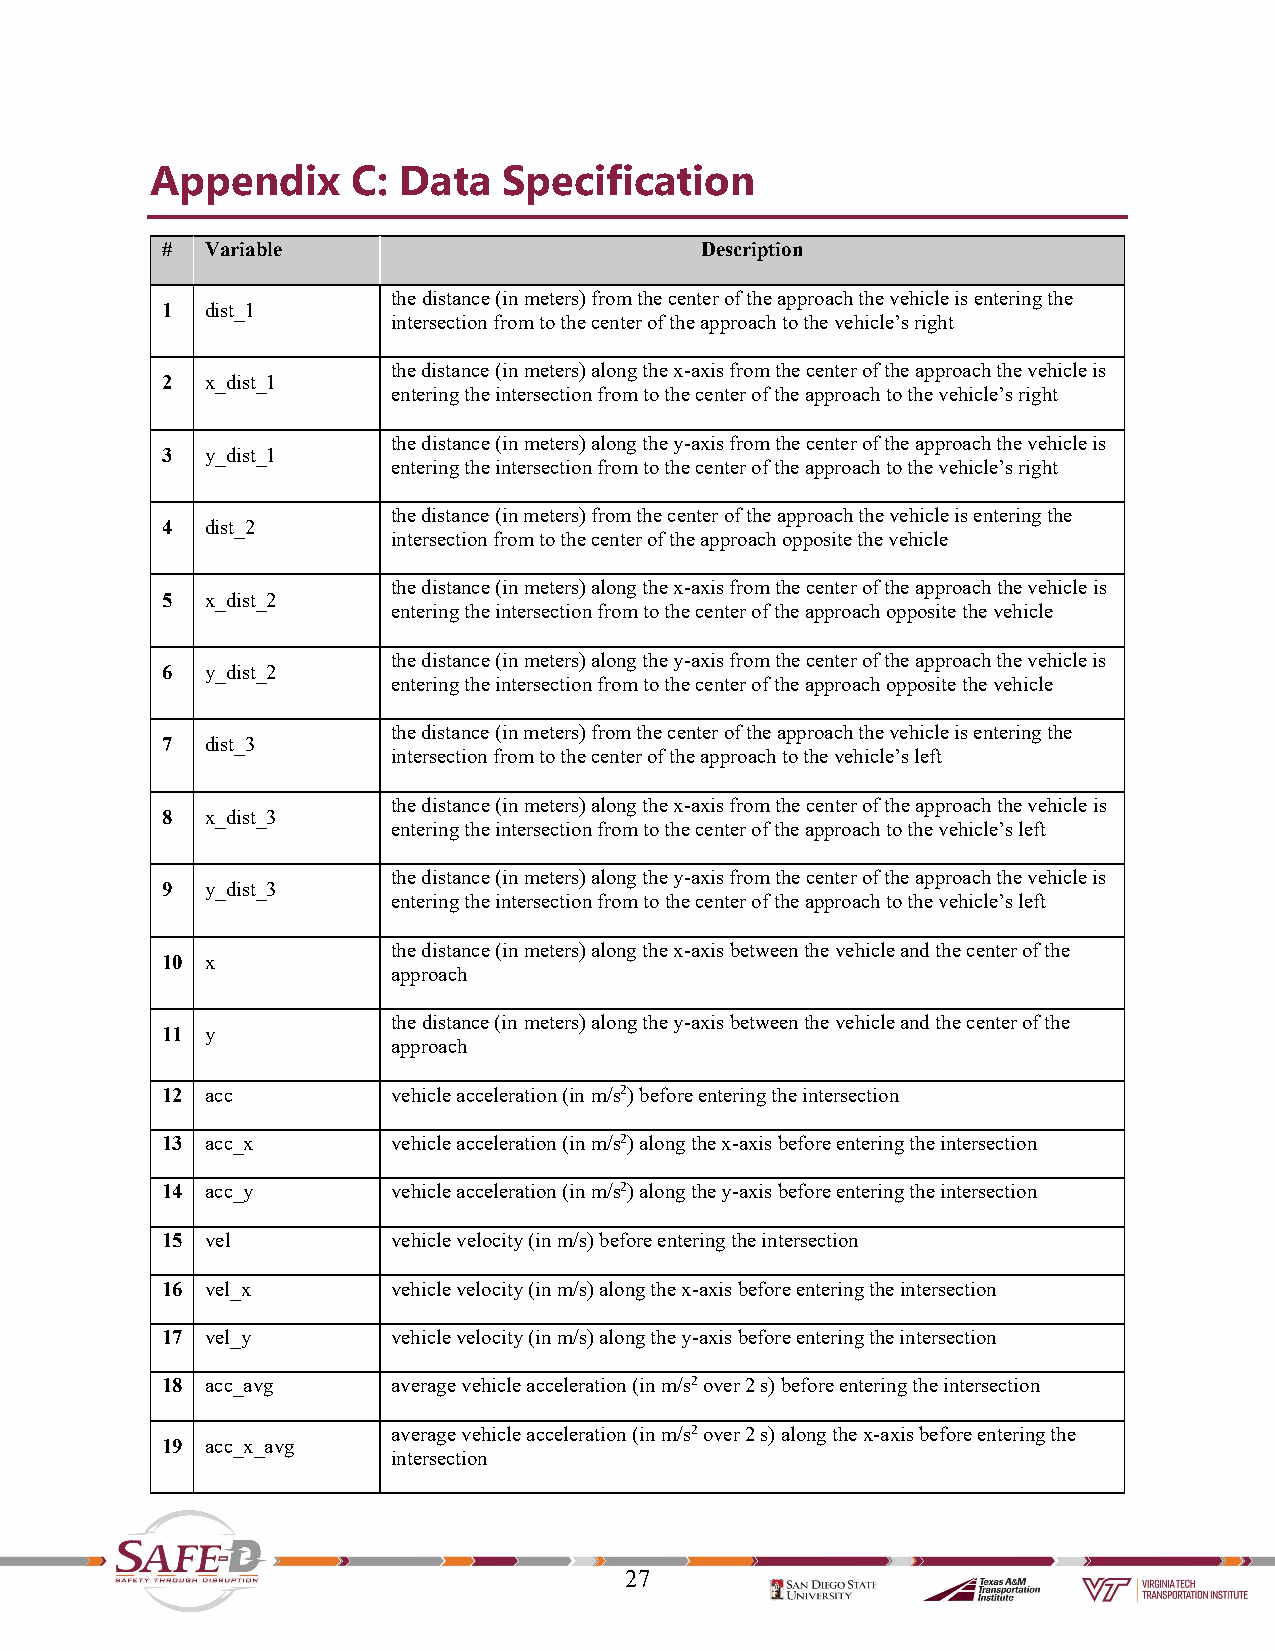
Appendix     C: Data   Specification
 #  Variable                        Description
 the distance (in meters) from the center of the approach the vehicle is entering the
 1  dist_1
 intersection from to the center of the approach to the vehicle’s right
 the distance (in meters) along the x-axis from the center of the approach the vehicle is
 2  x_dist_1
 entering the intersection from to the center of the approach to the vehicle’s right
 the distance (in meters) along the y-axis from the center of the approach the vehicle is
 3  y_dist_1
 entering the intersection from to the center of the approach to the vehicle’s right
 the distance (in meters) from the center of the approach the vehicle is entering the
 4  dist_2
 intersection from to the center of the approach opposite the vehicle
 the distance (in meters) along the x-axis from the center of the approach the vehicle is
 5  x_dist_2
 entering the intersection from to the center of the approach opposite the vehicle
 the distance (in meters) along the y-axis from the center of the approach the vehicle is
 6  y_dist_2
 entering the intersection from to the center of the approach opposite the vehicle
 the distance (in meters) from the center of the approach the vehicle is entering the
 7  dist_3
 intersection from to the center of the approach to the vehicle’s left
 the distance (in meters) along the x-axis from the center of the approach the vehicle is
 8  x_dist_3
 entering the intersection from to the center of the approach to the vehicle’s left
 the distance (in meters) along the y-axis from the center of the approach the vehicle is
 9  y_dist_3
 entering the intersection from to the center of the approach to the vehicle’s left
 the distance (in meters) along the x-axis between the vehicle and the center of the
 10 x
 approach
 the distance (in meters) along the y-axis between the vehicle and the center of the
 11 y
 approach
 12 acc         vehicle acceleration (in m/s2) before entering the intersection
 13 acc_x       vehicle acceleration (in m/s2) along the x-axis before entering the intersection
 14 acc_y       vehicle acceleration (in m/s2) along the y-axis before entering the intersection
 15 vel         vehicle velocity (in m/s) before entering the intersection
 16 vel_x       vehicle velocity (in m/s) along the x-axis before entering the intersection
 17 vel_y       vehicle velocity (in m/s) along the y-axis before entering the intersection
 18 acc_avg     average vehicle acceleration (in m/s2 over 2 s) before entering the intersection
 average vehicle acceleration (in m/s2 over 2 s) along the x-axis before entering the
 19 acc_x_avg
 intersection
 27